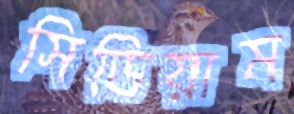
সিডিয়াম